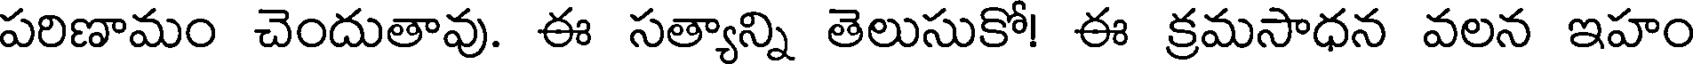
పరిణామం చెందుతావు. ఈ సత్యాన్ని తెలుసుకో! ఈ క్రమసాధన వలన ఇహం